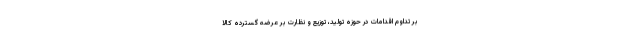
بر تداوم اقدامات در حوزه تولید، توزیع و نظارت بر عرضه گسترده کالا